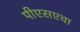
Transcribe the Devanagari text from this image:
पीएसएचा